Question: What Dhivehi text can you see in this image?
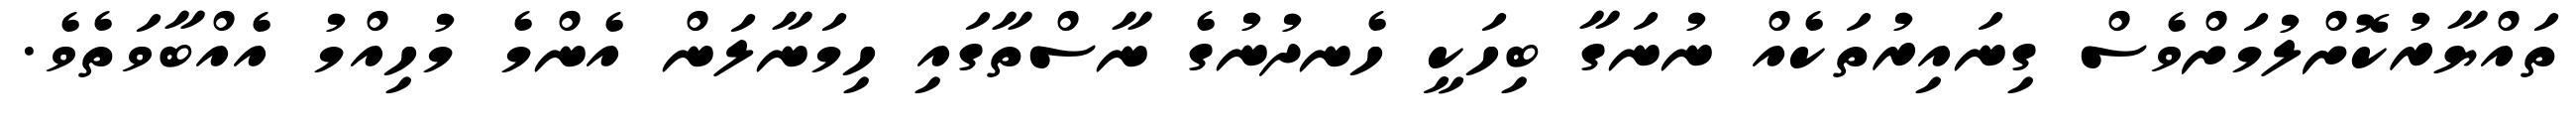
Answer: ތައްޔާރުކޮށްލުމަށްވެސް ގިނައިރުތަކެއް ނުނަގާ ބިހަކީ ހެނދުނުގެ ނާސްތާގައި ހިމަނާލަން އެންމެ މުހިއްމު އެއްބާވަތެވެ.